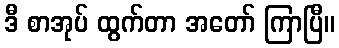
ဒီ စာအုပ် ထွက်တာ အတော် ကြာပြီ။